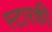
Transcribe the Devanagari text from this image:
स्टारकी